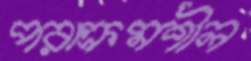
পরাক্রমশীল